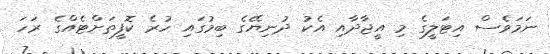
ނަމަވެސް އިޓަލީގެ މި އީޖާދާއި އެކު ދުނިޔޭގެ ބިމުގައި ހުރެ ކޮފީތަށްޓެއްގެ ރަހަ